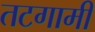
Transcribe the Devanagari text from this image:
तटगामी